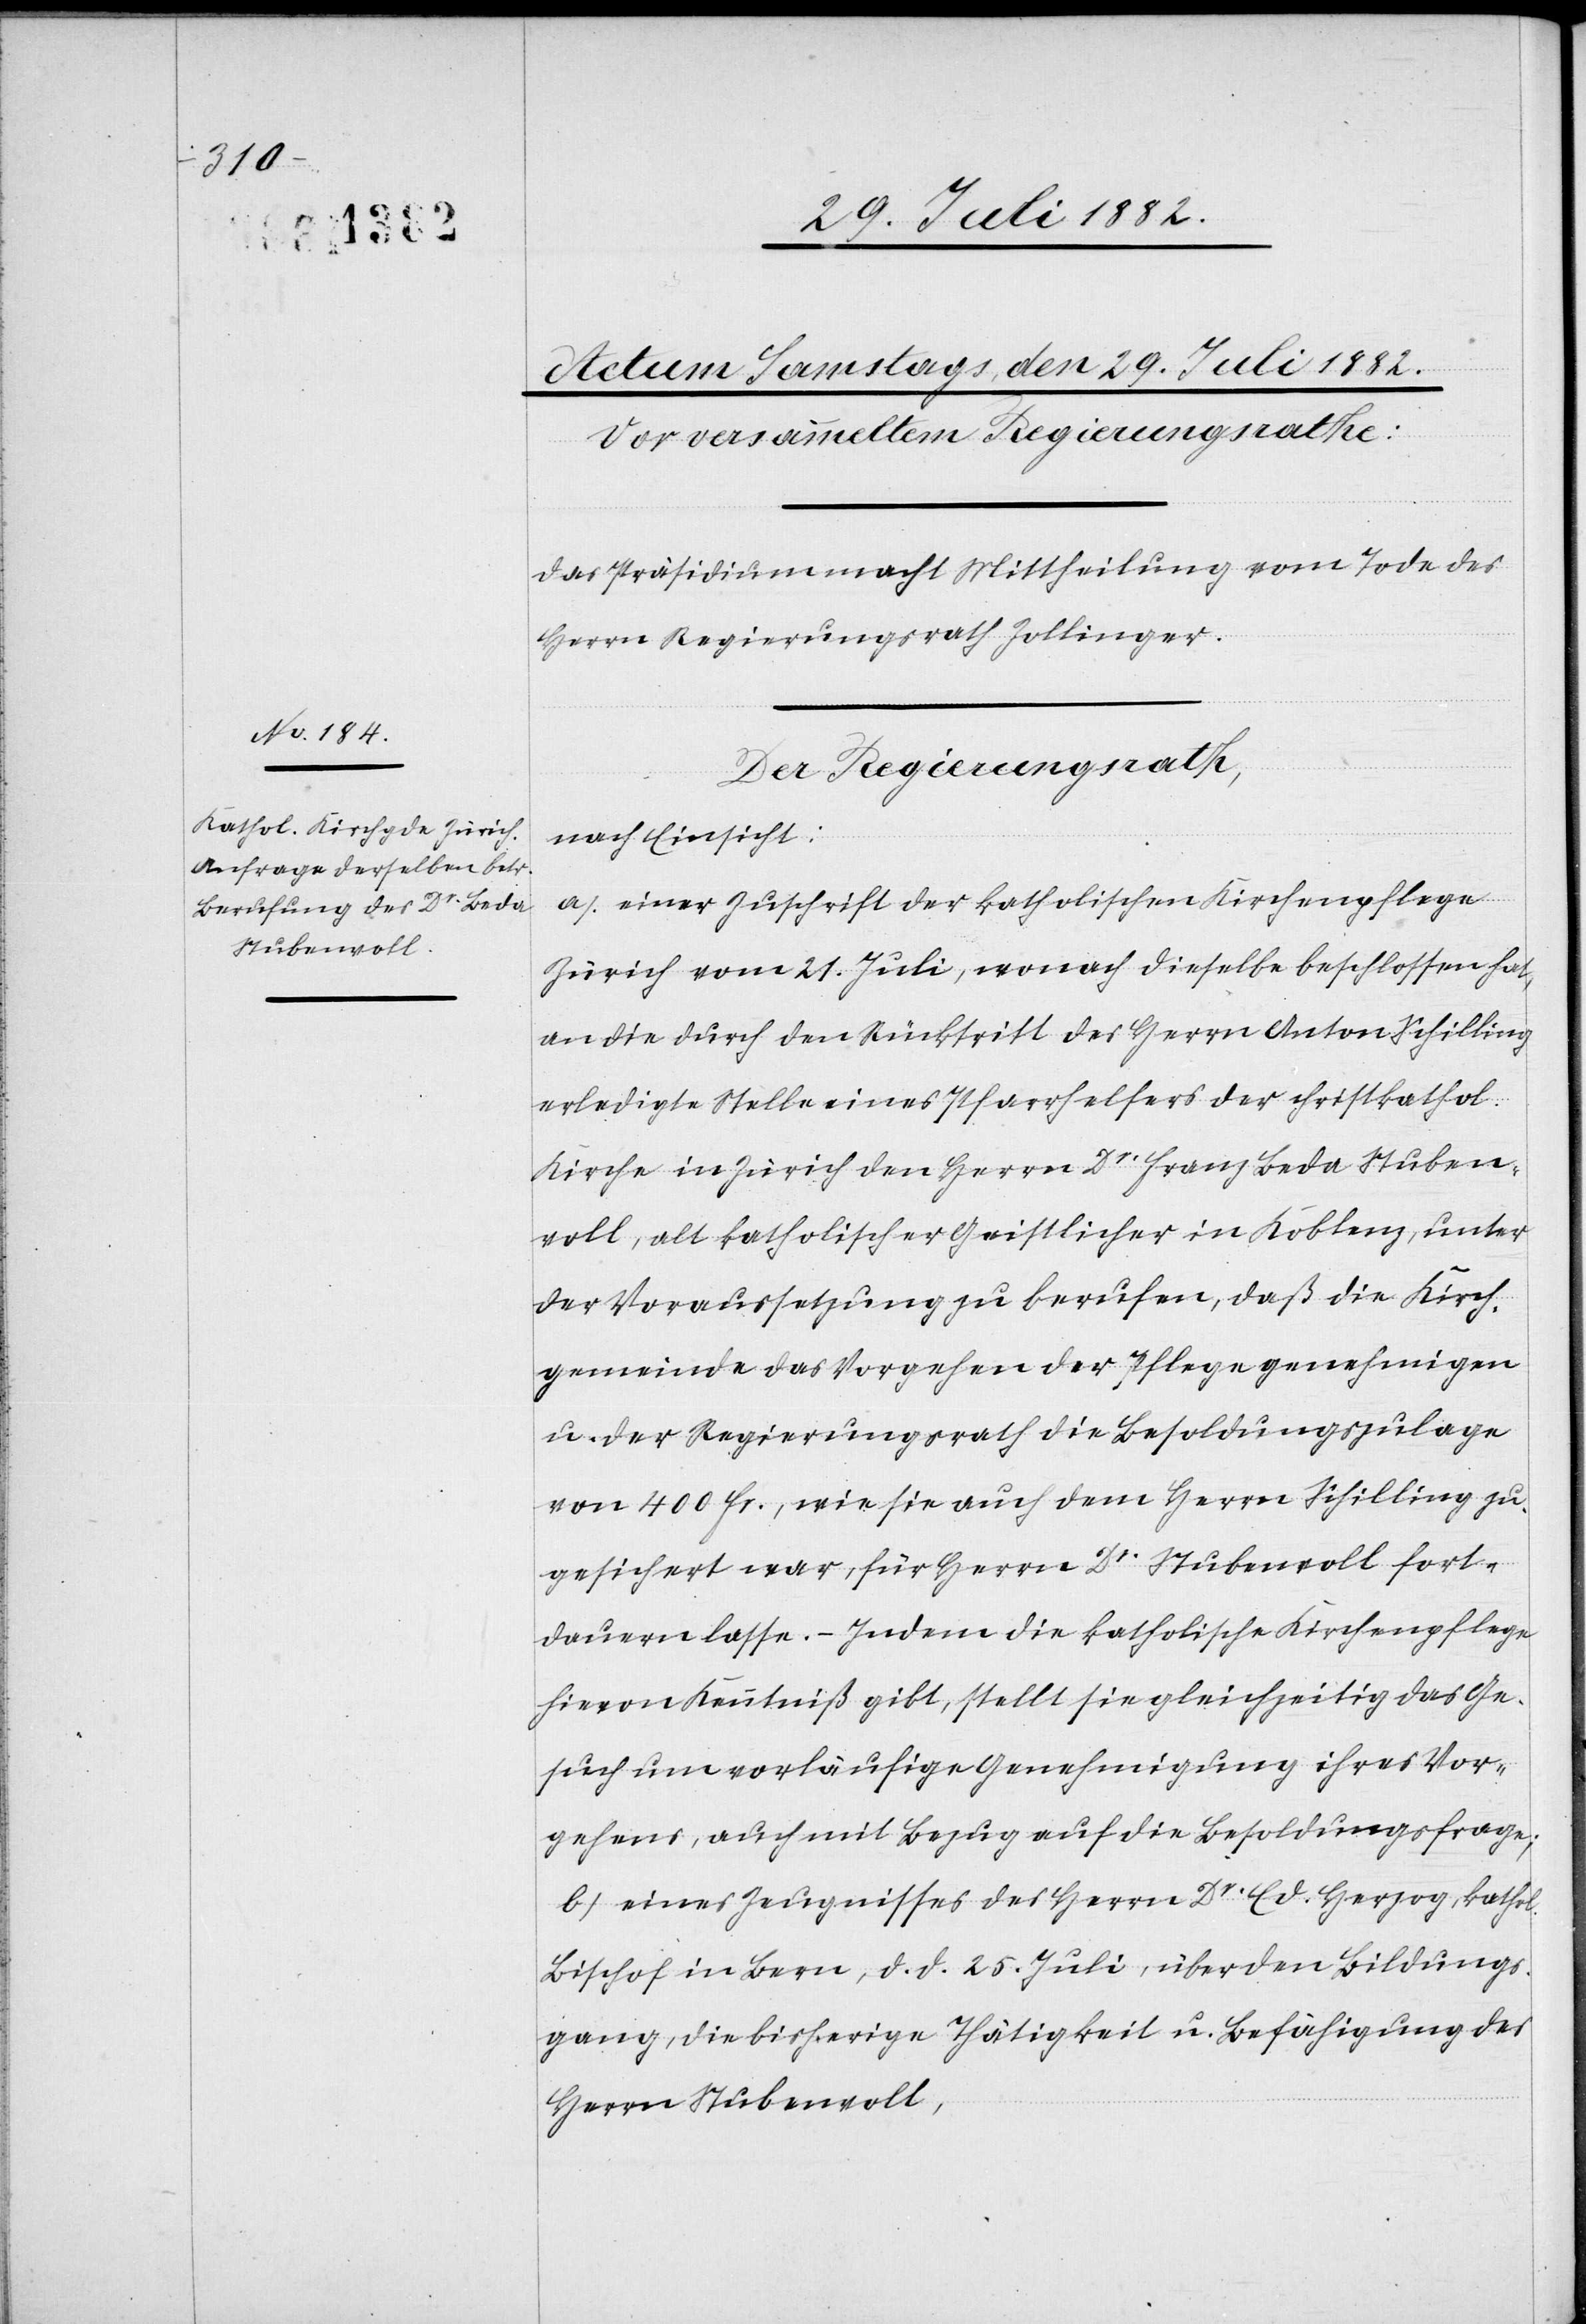
Der Regierungsrath,
nach Einsicht:
a) einer Zuschrift der katholischen Kirchenpflege
Zürich vom 21. Juli, wonach dieselbe beschlossen hat,
an die durch den Rücktritt des Herrn Anton Schilling
erledigte Stelle eines Pfarrhelfers der christkathol.
Kirche in Zürich den Herrn Dr Franz Beda Stuben¬
roll, alt katholischer Geistlicher in Koblenz, unter
der Voraussetzung zu berufen, daß die Kirch¬
gemeinde das Vorgehen der Pflege genehmigen
u. der Regierungsrath die Besoldungszulage
von 400 Fr., wie sie auch dem Herrn Schilling zu¬
gesichert war, für Herrn Dr Stubenroll fort¬
dauern lasse. – Indem die katholische Kirchenpflege
hievon Kenntniß gibt, stellt sie gleichzeitig das Ge¬
such um vorläufige Genehmigung ihres Vor¬
gehens, auch mit Bezug auf die Besoldungsfrage;
b) eines Zeugnisses des Herrn Dr Ed. Herzog, kathol.
Bischof in Bern, d. d. 25. Juli, über den Bildungs¬
gang, die bisherige Thätigkeit u. Befähigung des
Herrn Stubenroll,